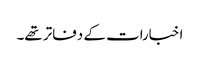
اخبارات کے دفاتر تھے۔